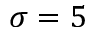
\sigma = 5